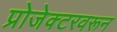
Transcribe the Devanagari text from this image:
प्रोजेक्टरवरून